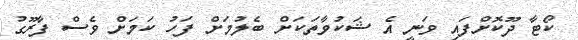
ކޯޓާ ދޫކޮށްފައި ވަނީ އެ ޝަކުވާތަކަށް ބެލުމަށް ފަހު ކަމަށް ވެސް ފާރޫގު